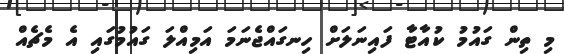
މި ތިން ގައުމު ކުއާޓާ ފައިނަލަށް ހިނގައްޖެނަމަ އަމިއްލަ ގައުމުގައި އެ މެޗެއް